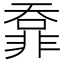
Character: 𩇺